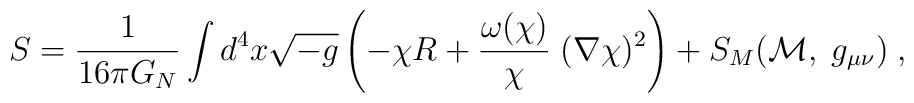
S = \frac{1}{16 \pi G_N} \int d^4 x \sqrt{- g} \left( - \chi R + \frac{\omega (\chi)}{\chi} \; (\nabla \chi)^2 \right) + S_M ({\cal M}, \; g_{\mu \nu})  \; ,